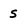
Character: s